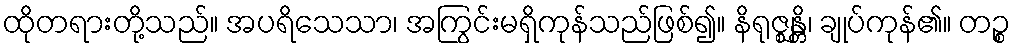
ထိုတရားတို့သည်။ အပရိသေသာ၊ အကြွင်းမရှိကုန်သည်ဖြစ်၍။ နိရုဇ္ဈန္တိ၊ ချုပ်ကုန်၏။ တဉ္စ